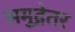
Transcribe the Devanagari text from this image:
समुद्रेतर